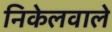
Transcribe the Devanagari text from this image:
निकेलवाले